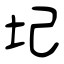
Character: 圮